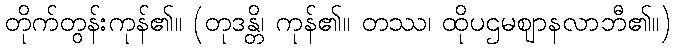
တိုက်တွန်းကုန်၏။ (တုဒန္တိ၊ ကုန်၏။ တဿ၊ ထိုပဌမဈာနလာဘီ၏။)